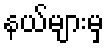
နယ်များမှ